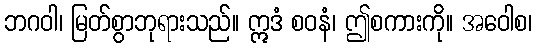
ဘဂဝါ၊ မြတ်စွာဘုရားသည်။ ဣဒံ စဝနံ၊ ဤစကားကို။ အဝေါစ၊